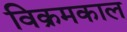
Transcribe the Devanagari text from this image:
विक्रमकाल